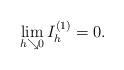
LaTeX: \begin{align*}\lim_{h\searrow 0} I_h^{(1)} =0.\end{align*}